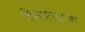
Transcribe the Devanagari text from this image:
हिम्मातवाला